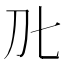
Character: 𭃃